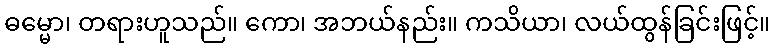
ဓမ္မော၊ တရားဟူသည်။ ကော၊ အဘယ်နည်း။ ကသိယာ၊ လယ်ထွန်ခြင်းဖြင့်။